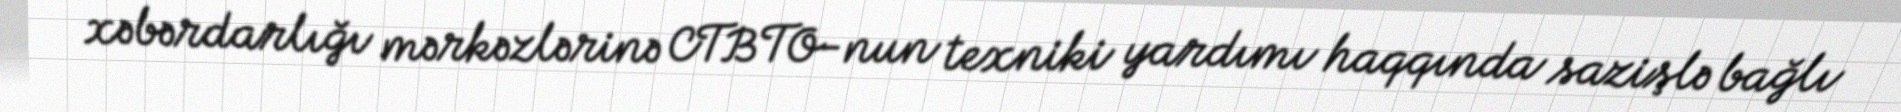
xəbərdarlığı mərkəzlərinə CTBTO-nun texniki yardımı haqqında sazişlə bağlı